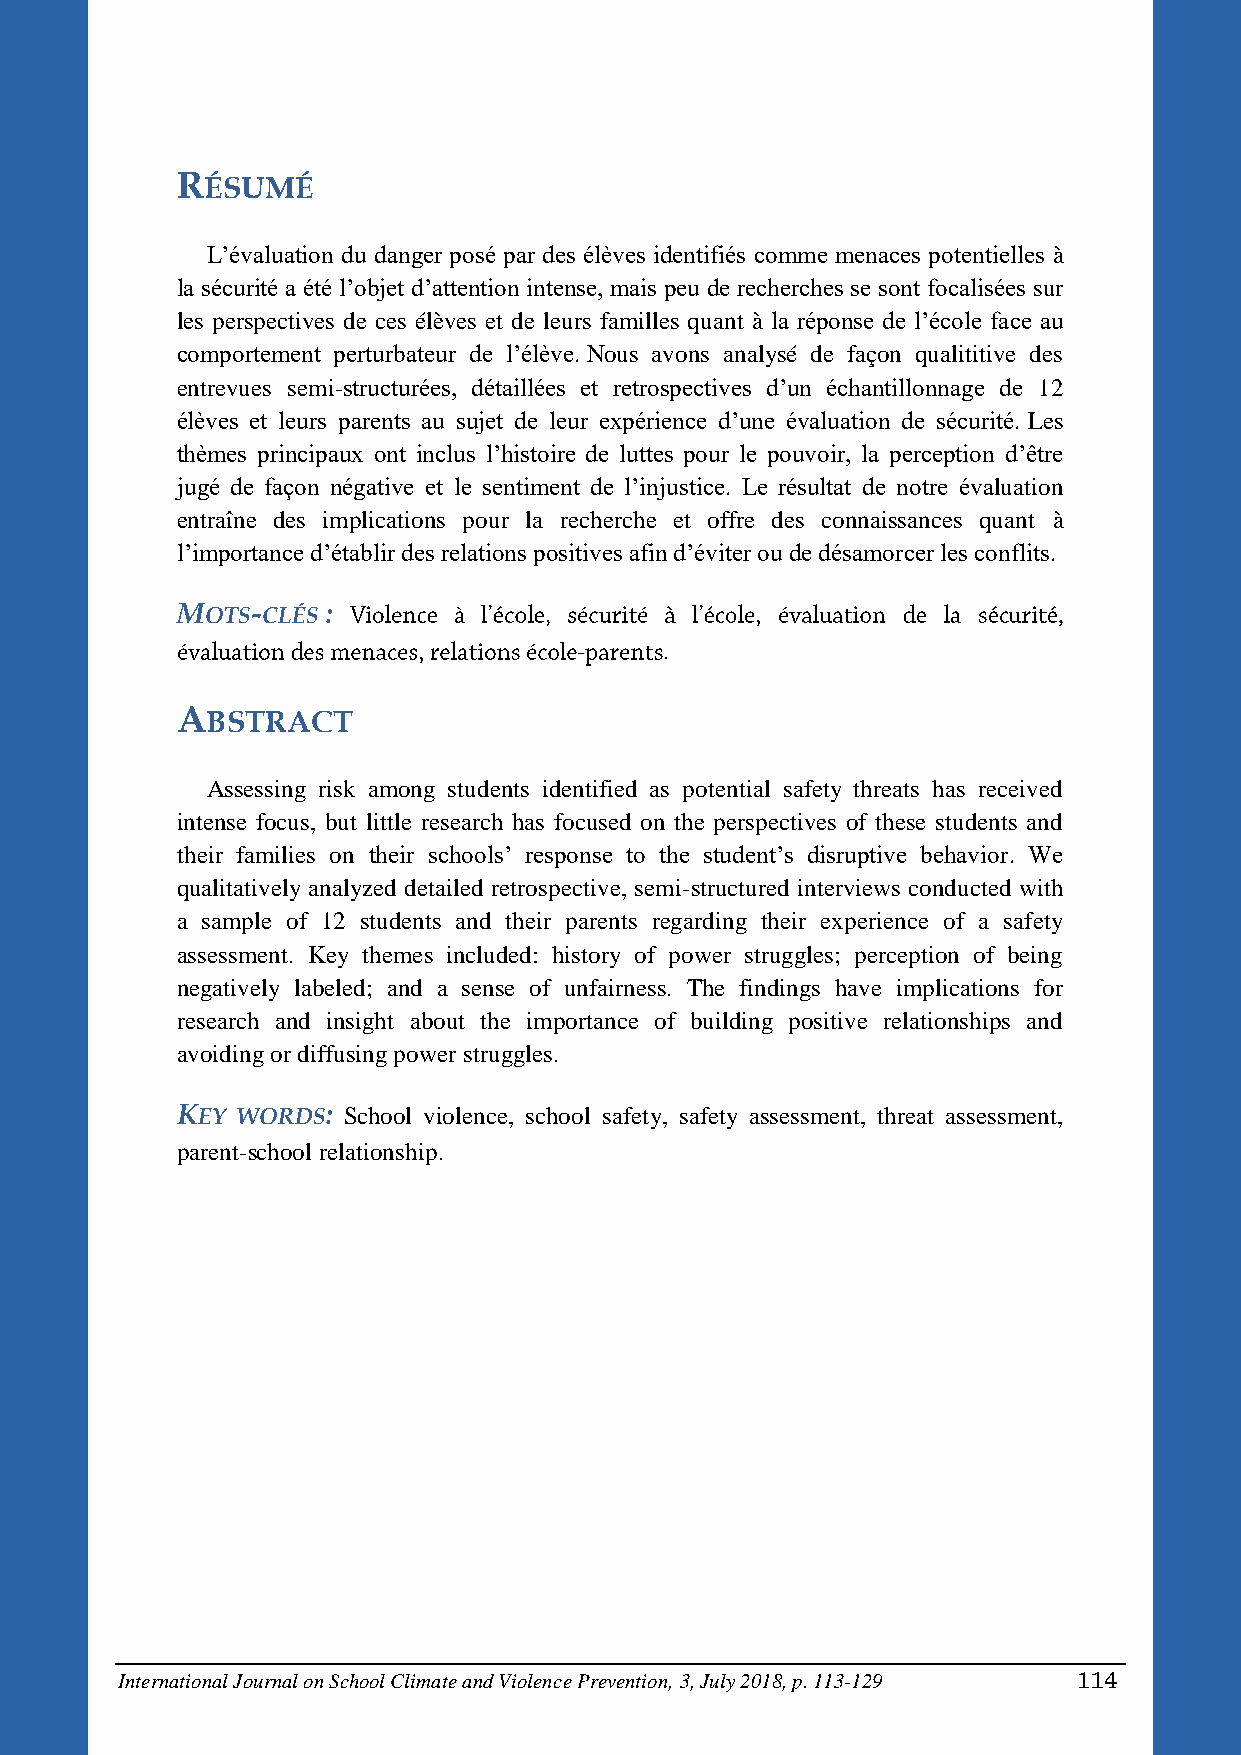
RÉSUMÉ
 L’évaluation du danger posé par des élèves identifiés comme menaces potentielles à
 la sécurité a été l’objet d’attention intense, mais peu de recherches se sont focalisées sur
 les perspectives de ces élèves et de leurs familles quant à la réponse de l’école face au
 comportement perturbateur de l’élève. Nous avons analysé de façon qualititive des
 entrevues semi-structurées, détaillées et retrospectives d’un échantillonnage de 12
 élèves et leurs parents au sujet de leur expérience d’une évaluation de sécurité. Les
 thèmes principaux ont inclus l’histoire de luttes pour le pouvoir, la perception d’être
 jugé de façon négative et le sentiment de l’injustice. Le résultat de notre évaluation
 entraîne des implications pour la recherche et offre des connaissances quant à
 l’importance d’établir des relations positives afin d’éviter ou de désamorcer les conflits.
 MOTS-CLÉS :
 .
 ABSTRACT
 Assessing risk among students identified as potential safety threats has received
 intense focus, but little research has focused on the perspectives of these students and
 their families on their schools’ response to the student’s disruptive behavior. We
 qualitatively analyzed detailed retrospective, semi-structured interviews conducted with
 a sample of 12 students and their parents regarding their experience of a safety
 assessment. Key themes included: history of power struggles; perception of being
 negatively labeled; and a sense of unfairness. The findings have implications for
 research and insight about the importance of building positive relationships and
 avoiding or diffusing power struggles.
 KEY WORDS: School violence, school safety, safety assessment, threat assessment,
 parent-school relationship.
 International Journal on School Climate and Violence Prevention, 3, July 2018, p. 113-129